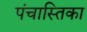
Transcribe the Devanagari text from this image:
पंचास्तिका